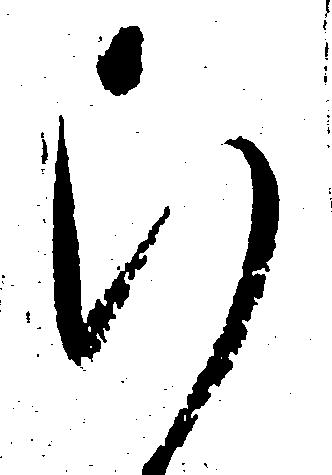
ひ